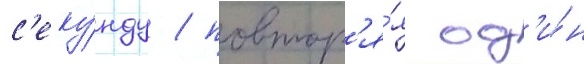
с'еку́нду / повтор'я́я од'и́н